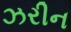
ઝરીન